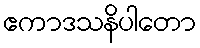
ဧကာဒသနိပါတော